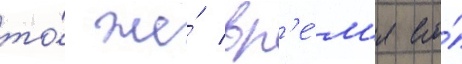
то́ же́ вр'е́м'я его́